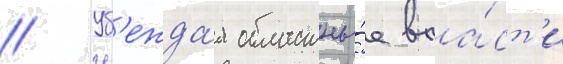
// Уб'ежда́я областны́е вла́ст'и